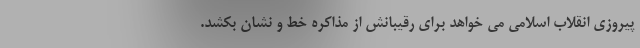
پیروزی انقلاب اسلامی می خواهد برای رقیبانش از مذاکره خط و نشان بکشد.